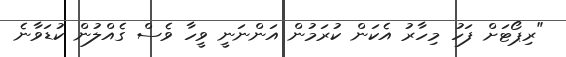
"ރިޕޯޓަށް ފަހު މިހާރު އެކަން ކުރަމުން އަންނަނީ ވީހާ ވެސް ގެއްލުން ކުޑަވާނެ